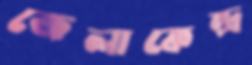
জেলাকেন্দ্র